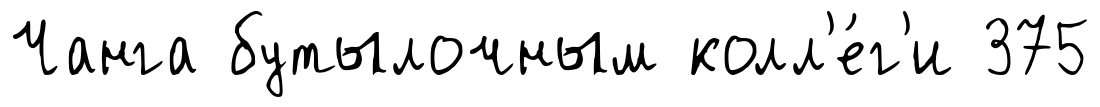
Чанга бутылочным колл'е́г'и 375